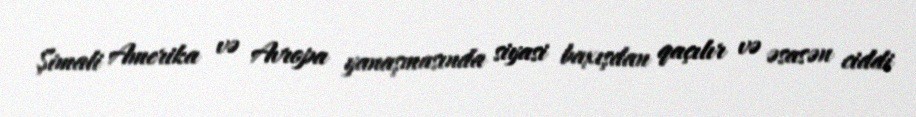
Şimali Amerika və Avropa yanaşmasında siyasi baxışdan qaçılır və əsasən ciddi